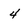
Character: 4